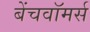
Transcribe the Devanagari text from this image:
बेंचवॉमर्स